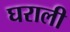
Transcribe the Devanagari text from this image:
घराली